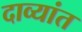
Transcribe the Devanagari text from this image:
दाव्यांत